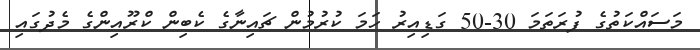
މަސައްކަތުގެ ފުރަތަމަ 30-50 ގަޑިއިރު ހަމަ ކުރުމުން ޗައިނާގެ ކެބިން ކްރޫއިންގެ މެދުގައި